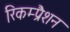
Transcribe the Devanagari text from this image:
रिकम्प्रैशन